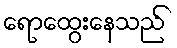
ရောထွေးနေသည်